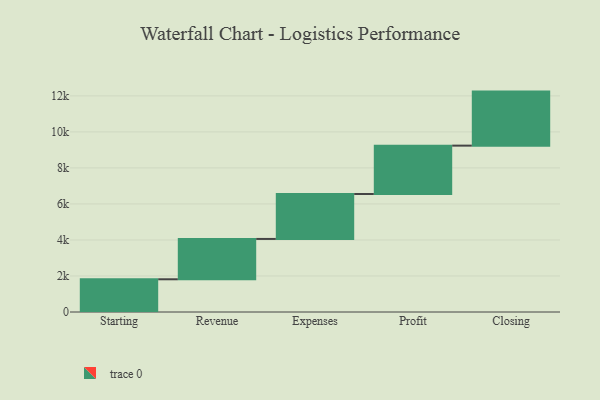
{"axis": {"x": "Step", "y": "Value"}, "legend": [""], "data": [{"x": "Starting", "y": 1817.0, "type": ""}, {"x": "Revenue", "y": 2240.0, "type": ""}, {"x": "Expenses", "y": 2496.0, "type": ""}, {"x": "Profit", "y": 2685.0, "type": ""}, {"x": "Closing", "y": 3000, "type": ""}]}